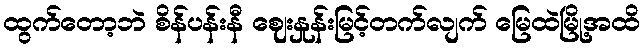
ထွက်တော့ဘဲ စိန်ပန်းနီ ဈေးနှုန်းမြင့်တက်လျက် မြေထဲမြို့အထိ